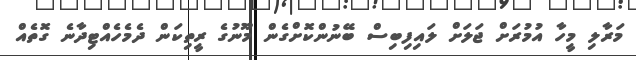
މަރާލި މީހާ އުމުރަށް ޖަލަށް ލައިފިބިސް ބޭނުންކޮށްގެން މޫނުގެ ރީތިކަން ދެމެހެއްޓިދާނެ ގޮތެއް